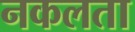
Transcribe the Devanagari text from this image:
नकलता